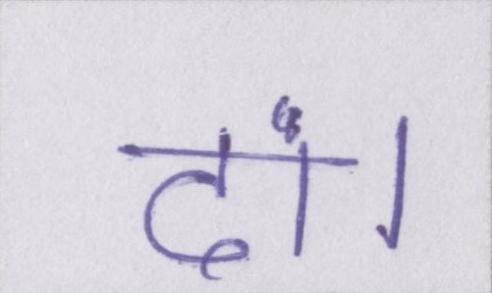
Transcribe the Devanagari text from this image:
दां।